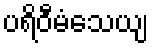
ပရိဝီမံသေယျ